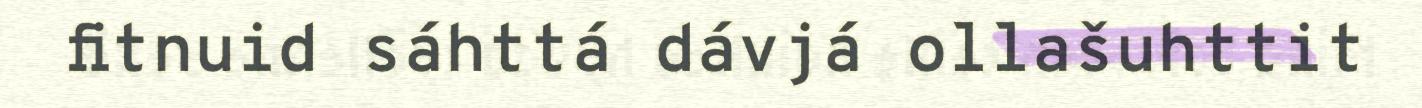
fitnuid sáhttá dávjá ollašuhttit